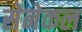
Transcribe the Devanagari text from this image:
सेनेकल